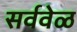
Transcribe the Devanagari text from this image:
सर्ववेळ